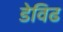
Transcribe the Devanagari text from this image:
डेविढ